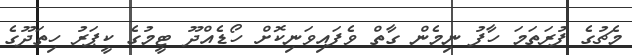
މެޗުގެ ފުރަތަމަ ހާފު ނިމެން ގާތް ވެފައިވަނިކޮށް ހޯޑެއްދޫ ޓީމުގެ ކީޕަރު ހިތަދޫގެ